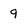
Character: q